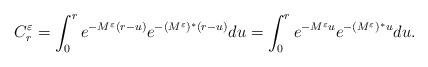
LaTeX: \begin{align*}C^\varepsilon_r = \int_0^r e^{-M^\varepsilon (r-u)} e^{-(M^\varepsilon)^*(r-u)} du = \int_0^r e^{-M^\varepsilon u} e^{-(M^\varepsilon)^* u} du.\end{align*}